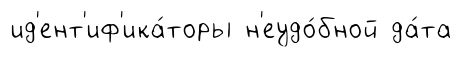
ид'ент'иф'ика́торы н'еудо́бной да́та